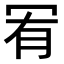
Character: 𠖅